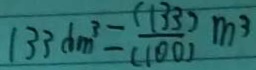
1 3 3 c m ^ { 3 } = \frac { 1 3 3 } { ( 1 0 0 ) } m ^ { 3 }